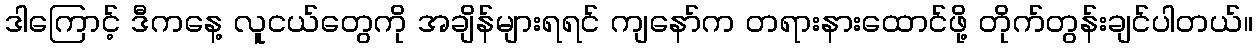
ဒါကြောင့် ဒီကနေ့ လူငယ်တွေကို အချိန်များရရင် ကျနော်က တရားနားထောင်ဖို့ တိုက်တွန်းချင်ပါတယ်။